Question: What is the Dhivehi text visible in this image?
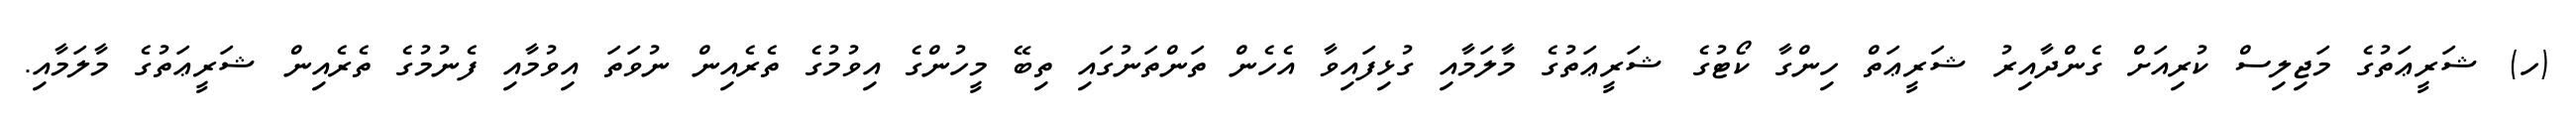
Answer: (ހ) ޝަރީޢަތުގެ މަޖިލިސް ކުރިއަށް ގެންދާއިރު ޝަރީޢަތް ހިންގާ ކޯޓުގެ ޝަރީޢަތުގެ މާލަމާއި ގުޅިފައިވާ އެހެން ތަންތަނުގައި ތިބޭ މީހުންގެ އިވުމުގެ ތެރެއިން ނުވަތަ އިވުމާއި ފެނުމުގެ ތެރެއިން ޝަރީޢަތުގެ މާލަމާއި.